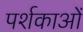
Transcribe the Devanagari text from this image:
पर्शकाओं